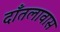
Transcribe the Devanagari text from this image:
दाँतलावास